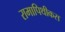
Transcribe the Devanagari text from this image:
रामापिथीकस